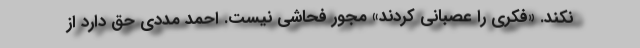
نکند. «فکری را عصبانی کردند» مجور فحاشی نیست. احمد مددی حق دارد از